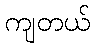
ကျတယ်